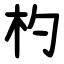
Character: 杓